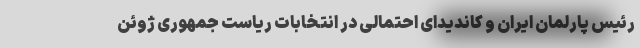
رئیس پارلمان ایران و کاندیدای احتمالی در انتخابات ریاست جمهوری ژوئن